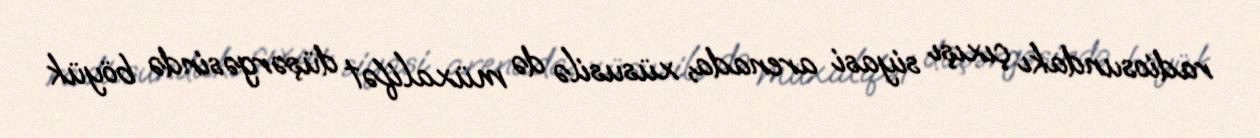
radiosundakı çıxışı siyasi arenada, xüsusilə də müxalifət düşərgəsində böyük